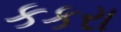
કકરા